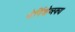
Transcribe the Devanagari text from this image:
चेर्निशेव्स्क्य